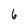
Character: 6